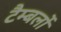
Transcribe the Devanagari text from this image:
टैम्बर्लो